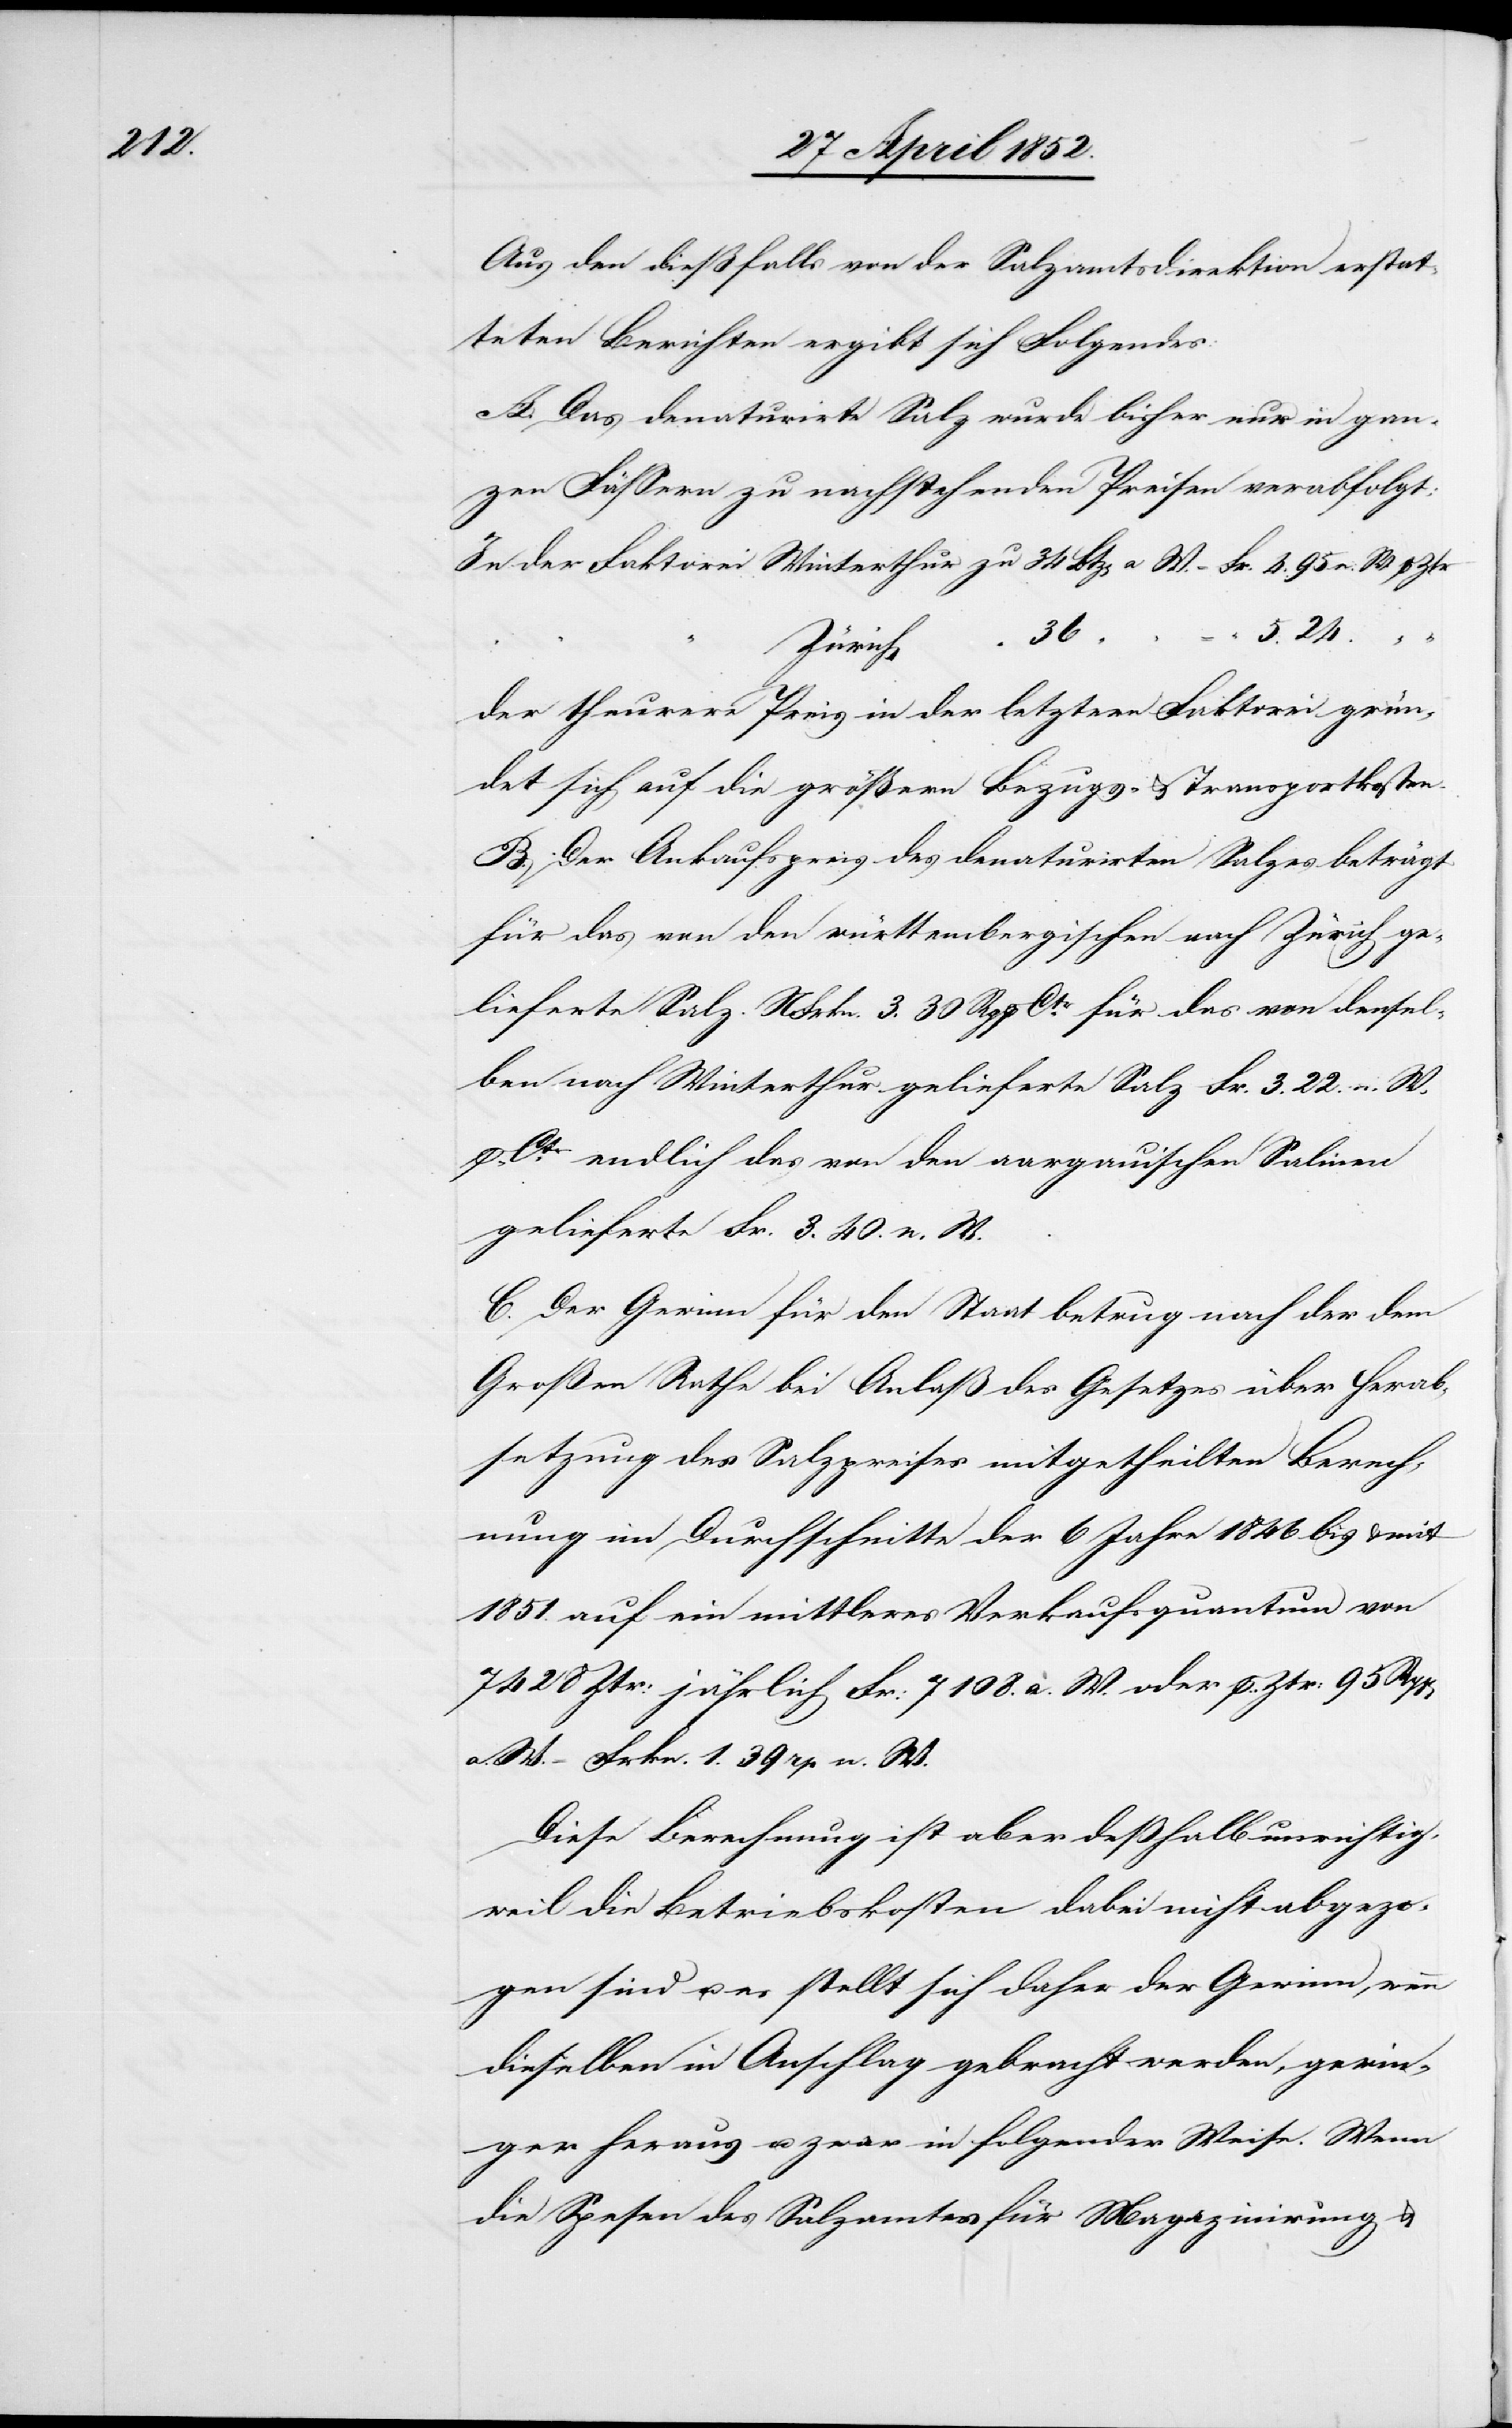
Aus den dießfalls von der Salzamtsdirektion erstat¬
teten Berichten ergibt sich Folgendes:
A. Das denaturirte Salz wurde bisher nur in gan¬
zen Fässern zu nachstehenden Preisen verabfolgt:
36
5. 24.
p.
Zürich
der theurere Preis in der letztern Faktorei grün¬
det sich auf die größern Bezugs- & Transportkosten.
B. Der Ankaufspreis des denaturirten Salzes beträgt
für das von den württembergischen nach Zürich ge¬
lieferte Salz NFrkn. 3. 30 Rp p. Ctr. für das von densel¬
ben nach Winterthur gelieferte Salz Fr. 3. 22. n. W.
p. Ctr. endlich das von den aargauischen Salinen
gelieferte Fr. 3. 40. n. W.
C. Der Gewinn für den Staat betrug nach der dem
Großen Rathe bei Anlaß des Gesetzes über Herab¬
setzung des Salzpreises mitgetheilten Berech¬
nung im Durchschnitte der 6 Jahre 1846 bis & mit
1851. auf ein mittleres Verkaufsquantum von
7428 Ztr: jährlich Fr: 7108. a. W. oder p. Ztr: 95
a. W. – Frkn. 1. 39 rp n. W.
Diese Berechnung ist aber deßhalb unrichtig,
weil die Betriebskosten dabei nicht abgezo¬
gen sind u. es stellt sich daher der Gewinn, wenn
dieselben in Anschlag gebracht werden, gerin¬
ger heraus u. zwar in folgender Weise. Wenn
die Spesen des Salzamtes für Magazinirung &